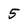
Character: 5